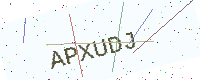
Text: APXUDJ